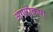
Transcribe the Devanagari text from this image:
अंगांपेक्षा